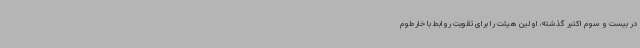
در بیست و سوم اکتبر گذشته، اولین هیئت را برای تقویت روابط با خارطوم